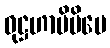
ဝုဋ္ဌဟာမိပိပေ